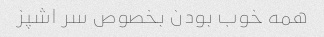
همه خوب بودن بخصوص سر اشپز